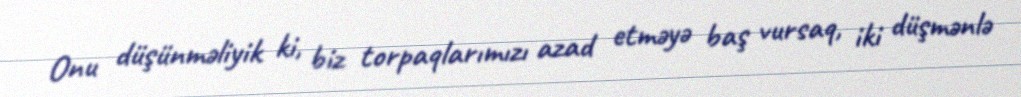
Onu düşünməliyik ki, biz torpaqlarımızı azad etməyə baş vursaq, iki düşmənlə